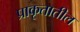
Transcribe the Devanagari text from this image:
प्राकृतातील